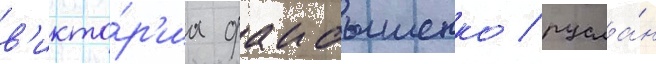
в'икто́р'иа фаибышенко / русла́н